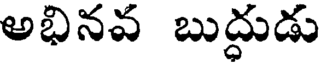
అభినవ బుద్ధుడు